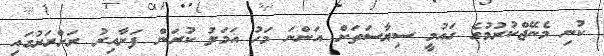
ކުނި މެނޭޖްކުރުމުގެ ގައުމީ ސިޔާސަތަށް އަންނަ މަހު އަމަލު ކުރަން ފަށާއިރު ރަށްރަށުގައި